Vaccination North-Western Provinces and Oudh 1878-1895 - 1878-1895
Year: 1878
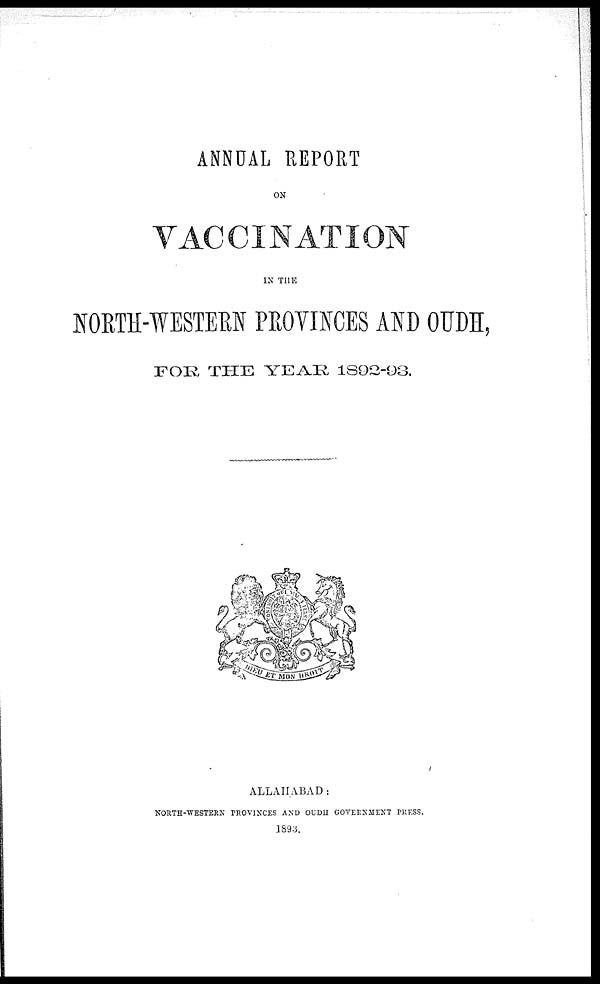
ANNUAL REPORT
ON
VACCINATION
IN THE
NORTH-WESTERN PROVINCES AND OUDH,
FOR THE YEAR 1892-93.
ALLAHABAD:
NORTH-WESTERN PROVINCES AND OUDH GOVERNMENT PRESS.
1893.